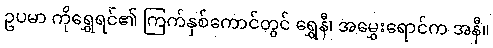
ဥပမာ ကိုရွှေရင်၏ ကြက်နှစ်ကောင်တွင် ရွှေနီ၊ အမွှေးရောင်က အနီ။